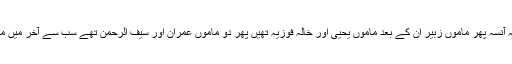
بڑی خالہ آنسہ پھر ماموں زبیر ان کے بعد ماموں یحییٰ اور خالہ فوزیہ تھیں پھر دو ماموں عمران اور سیف الرحمٰن تھے سب سے آخر میں ماما تھیں۔